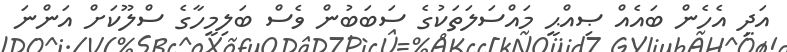
އަދި އެހެން ބައެއް ޞިއްޙީ މައްސަލަތަކުގެ ސަބަބުން ވެސް ބަލިމީހާގެ ސްލޫކަށް އަންނަ